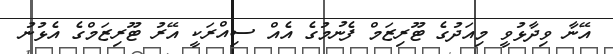
އޭނާ ވިދާޅުވީ މިއަދުގެ ޓޫރިޒަމް ފެނުމުގެ އެއް ސިއްރަކީ އޭރު ޓޫރިޒަމްގެ އެޅުނު